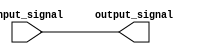
module Combinational_logic_blocks(
    input wire input_signal,
    output wire output_signal
);

assign output_signal = input_signal;

endmodule